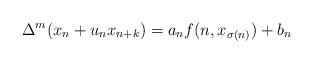
LaTeX: \begin{align*}\Delta^m(x_n+u_nx_{n+k})=a_nf(n,x_{\sigma(n)})+b_n\end{align*}